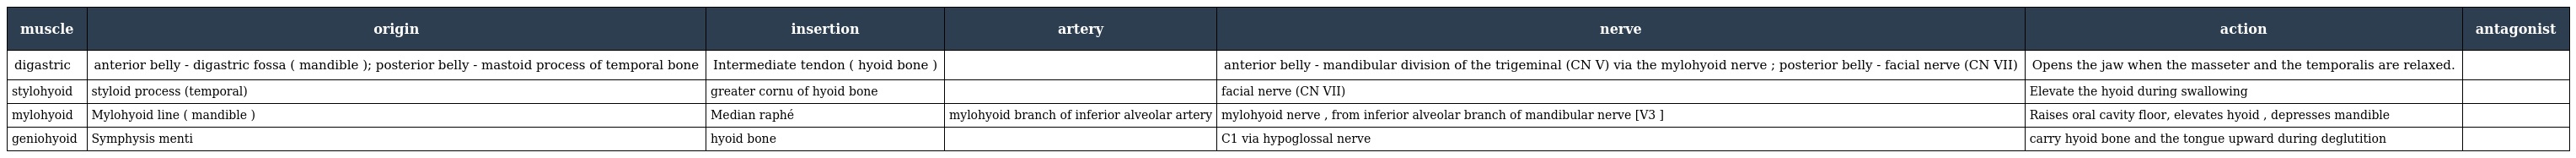
| muscle | origin | insertion | artery | nerve | action | antagonist |
 | --- | --- | --- | --- | --- | --- | --- |
 | digastric | anterior belly - digastric fossa ( mandible ); posterior belly - mastoid process of temporal bone | Intermediate tendon ( hyoid bone ) |  | anterior belly - mandibular division of the trigeminal (CN V) via the mylohyoid nerve ; posterior belly - facial nerve (CN VII) | Opens the jaw when the masseter and the temporalis are relaxed. |  |
 | stylohyoid | styloid process (temporal) | greater cornu of hyoid bone |  | facial nerve (CN VII) | Elevate the hyoid during swallowing |  |
 | mylohyoid | Mylohyoid line ( mandible ) | Median raphé | mylohyoid branch of inferior alveolar artery | mylohyoid nerve , from inferior alveolar branch of mandibular nerve [V3 ] | Raises oral cavity floor, elevates hyoid , depresses mandible |  |
 | geniohyoid | Symphysis menti | hyoid bone |  | C1 via hypoglossal nerve | carry hyoid bone and the tongue upward during deglutition |  |